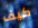
كيف